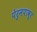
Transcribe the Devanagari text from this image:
पेरुमपावूर